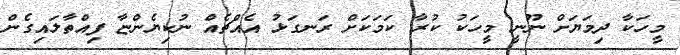
މީހަކާ ދިމަޔަށް ނޫނީ މީހަކު ކުރާ ކަމަކަށް ރަނގަޅު އެއްޗެއް ނުކިޔެންޏާ ފިއްތާލައިގެން